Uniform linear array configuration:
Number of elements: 4
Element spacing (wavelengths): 0.25
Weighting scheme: uniform
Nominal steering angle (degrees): -15
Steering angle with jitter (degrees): -15.372
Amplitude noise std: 0.05
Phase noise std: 0.05

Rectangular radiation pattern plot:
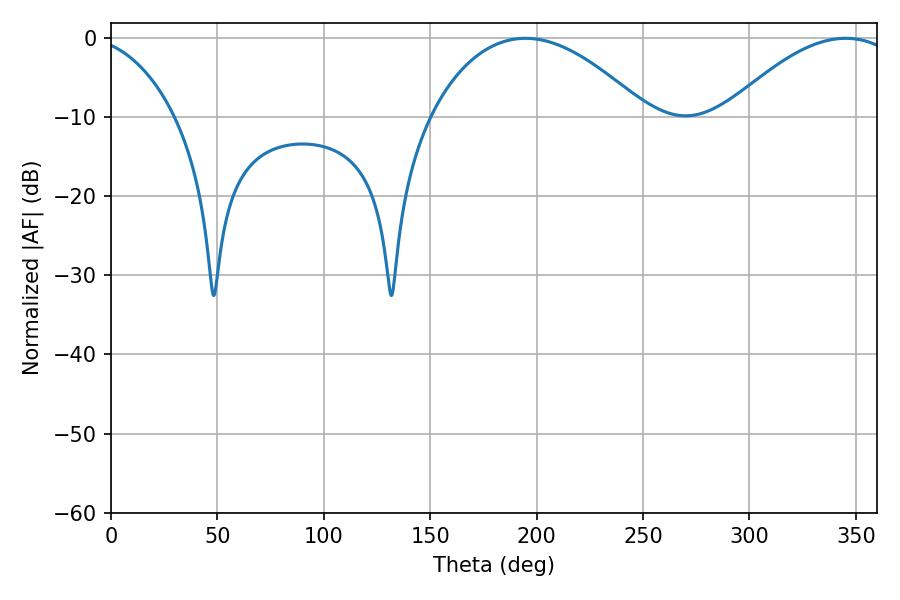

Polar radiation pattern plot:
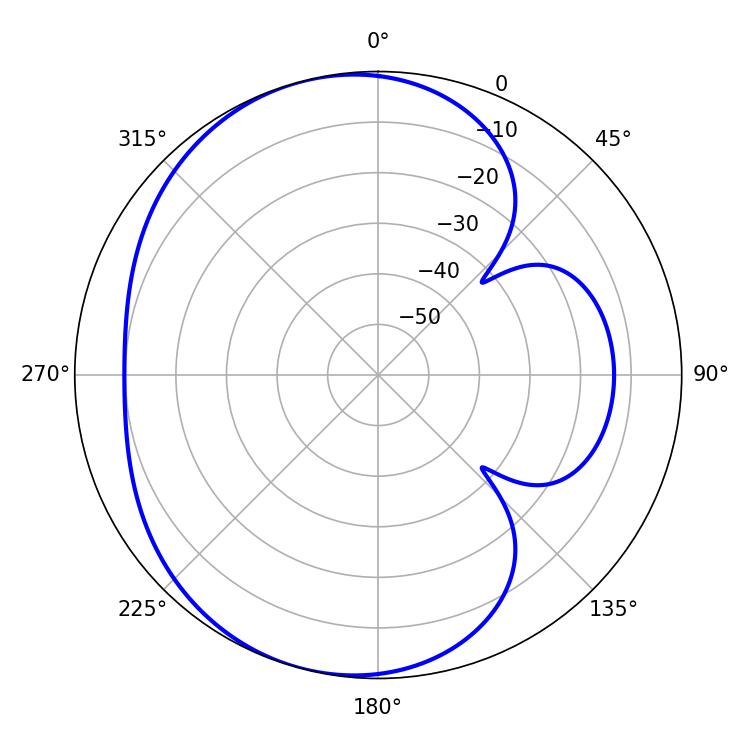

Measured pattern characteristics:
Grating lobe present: FALSE
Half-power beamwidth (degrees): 56.7
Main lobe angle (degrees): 194.76